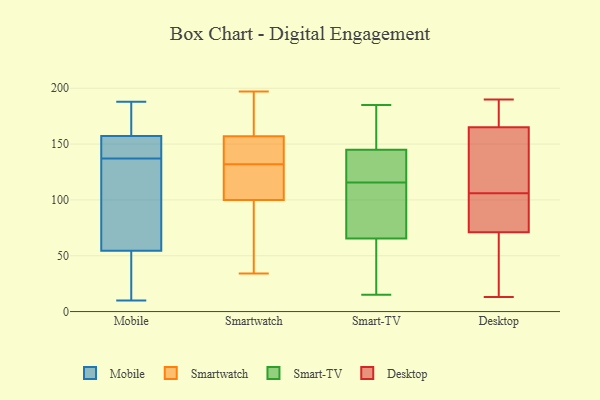
{"axis": {"x": "Production Output", "y": "Value"}, "legend": ["Desktop", "Mobile", "Smart-TV", "Smartwatch"], "data": [{"x": "", "y": 15, "type": "Mobile"}, {"x": "", "y": 57, "type": "Mobile"}, {"x": "", "y": 156, "type": "Mobile"}, {"x": "", "y": 148, "type": "Mobile"}, {"x": "", "y": 151, "type": "Mobile"}, {"x": "", "y": 188, "type": "Mobile"}, {"x": "", "y": 136, "type": "Mobile"}, {"x": "", "y": 137, "type": "Mobile"}, {"x": "", "y": 47, "type": "Mobile"}, {"x": "", "y": 161, "type": "Mobile"}, {"x": "", "y": 164, "type": "Mobile"}, {"x": "", "y": 121, "type": "Mobile"}, {"x": "", "y": 10, "type": "Mobile"}, {"x": "", "y": 101, "type": "Smartwatch"}, {"x": "", "y": 100, "type": "Smartwatch"}, {"x": "", "y": 104, "type": "Smartwatch"}, {"x": "", "y": 156, "type": "Smartwatch"}, {"x": "", "y": 68, "type": "Smartwatch"}, {"x": "", "y": 71, "type": "Smartwatch"}, {"x": "", "y": 196, "type": "Smartwatch"}, {"x": "", "y": 191, "type": "Smartwatch"}, {"x": "", "y": 156, "type": "Smartwatch"}, {"x": "", "y": 48, "type": "Smartwatch"}, {"x": "", "y": 141, "type": "Smartwatch"}, {"x": "", "y": 193, "type": "Smartwatch"}, {"x": "", "y": 123, "type": "Smartwatch"}, {"x": "", "y": 120, "type": "Smartwatch"}, {"x": "", "y": 197, "type": "Smartwatch"}, {"x": "", "y": 157, "type": "Smartwatch"}, {"x": "", "y": 34, "type": "Smartwatch"}, {"x": "", "y": 157, "type": "Smartwatch"}, {"x": "", "y": 21, "type": "Smart-TV"}, {"x": "", "y": 145, "type": "Smart-TV"}, {"x": "", "y": 185, "type": "Smart-TV"}, {"x": "", "y": 99, "type": "Smart-TV"}, {"x": "", "y": 15, "type": "Smart-TV"}, {"x": "", "y": 92, "type": "Smart-TV"}, {"x": "", "y": 185, "type": "Smart-TV"}, {"x": "", "y": 39, "type": "Smart-TV"}, {"x": "", "y": 140, "type": "Smart-TV"}, {"x": "", "y": 145, "type": "Smart-TV"}, {"x": "", "y": 132, "type": "Smart-TV"}, {"x": "", "y": 99, "type": "Smart-TV"}, {"x": "", "y": 13, "type": "Desktop"}, {"x": "", "y": 173, "type": "Desktop"}, {"x": "", "y": 33, "type": "Desktop"}, {"x": "", "y": 112, "type": "Desktop"}, {"x": "", "y": 144, "type": "Desktop"}, {"x": "", "y": 143, "type": "Desktop"}, {"x": "", "y": 100, "type": "Desktop"}, {"x": "", "y": 165, "type": "Desktop"}, {"x": "", "y": 169, "type": "Desktop"}, {"x": "", "y": 84, "type": "Desktop"}, {"x": "", "y": 88, "type": "Desktop"}, {"x": "", "y": 190, "type": "Desktop"}, {"x": "", "y": 67, "type": "Desktop"}, {"x": "", "y": 50, "type": "Desktop"}, {"x": "", "y": 99, "type": "Desktop"}, {"x": "", "y": 71, "type": "Desktop"}, {"x": "", "y": 173, "type": "Desktop"}, {"x": "", "y": 129, "type": "Desktop"}]}